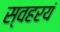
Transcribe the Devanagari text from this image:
स्वहरयं